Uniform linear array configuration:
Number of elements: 48
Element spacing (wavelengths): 1
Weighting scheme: hamming
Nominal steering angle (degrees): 30
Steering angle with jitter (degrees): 30.392
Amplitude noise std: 0.05
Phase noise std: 0.05

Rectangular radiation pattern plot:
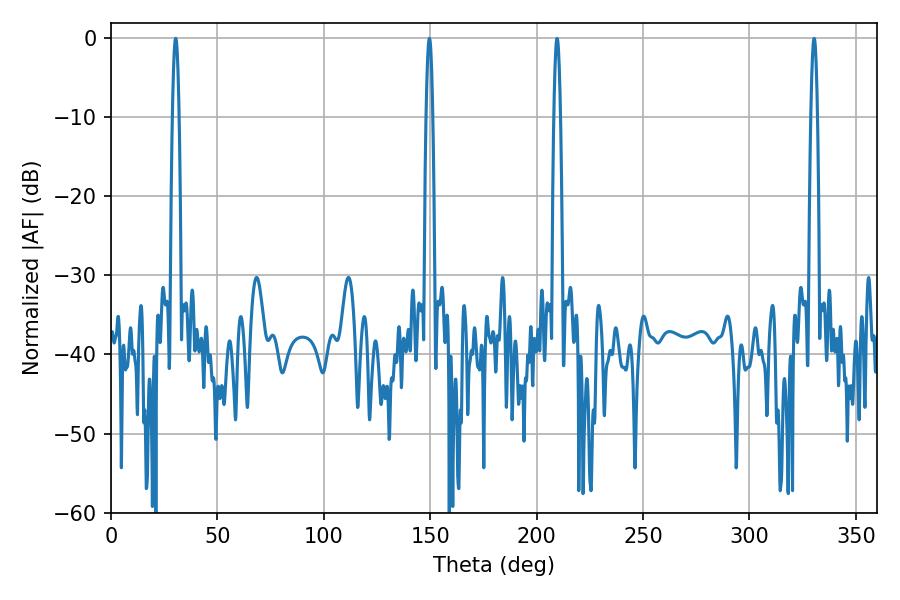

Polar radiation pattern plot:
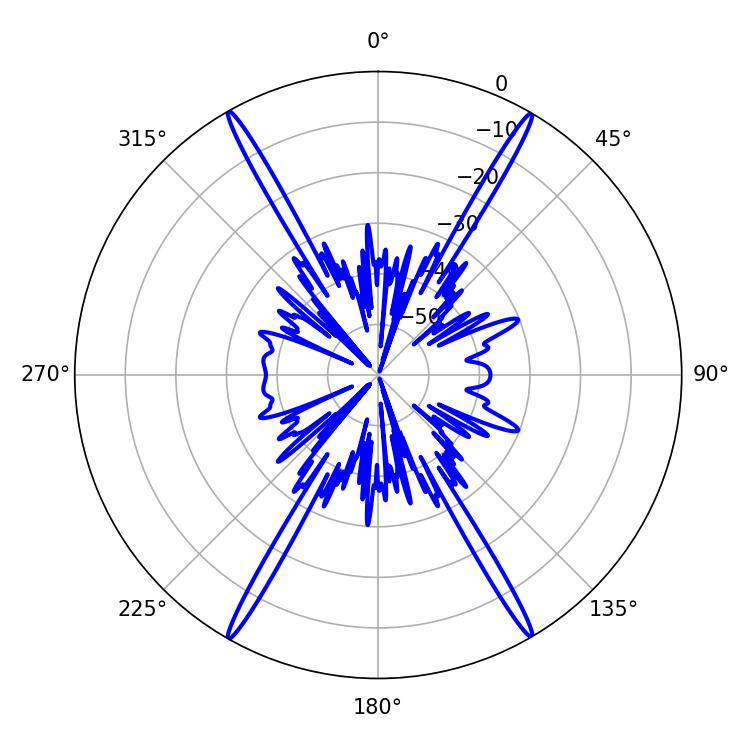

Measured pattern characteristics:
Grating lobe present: TRUE
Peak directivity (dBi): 32.586
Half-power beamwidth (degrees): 1.62
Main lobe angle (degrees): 30.42